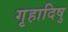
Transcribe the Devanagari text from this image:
गृहादिषु